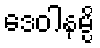
ဒေဝါနမ္ပိ